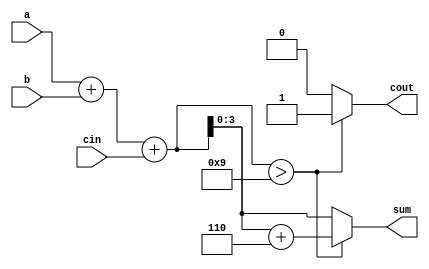
module bcd_adder(a,b,cin,sum,cout);
    input [3:0] a,b;
    input cin;
    output [3:0] sum;
    output cout;
    reg [4:0] temp;
    reg [3:0] sum;
    reg cout;  

    always @(a,b,cin)
    begin
        temp = a+b+cin; 
        if(temp > 9)    
	begin
            temp = temp+6; 
            cout = 1;  
            sum = temp[3:0];   
   	end
        else    
	begin
            cout = 0;
            sum = temp[3:0];
        end
    end     

endmodule